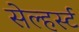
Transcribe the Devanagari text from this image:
सेल्हर्स्ट